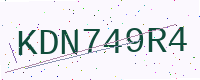
Text: KDN749R4